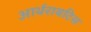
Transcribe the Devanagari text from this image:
आर्थरायटिस